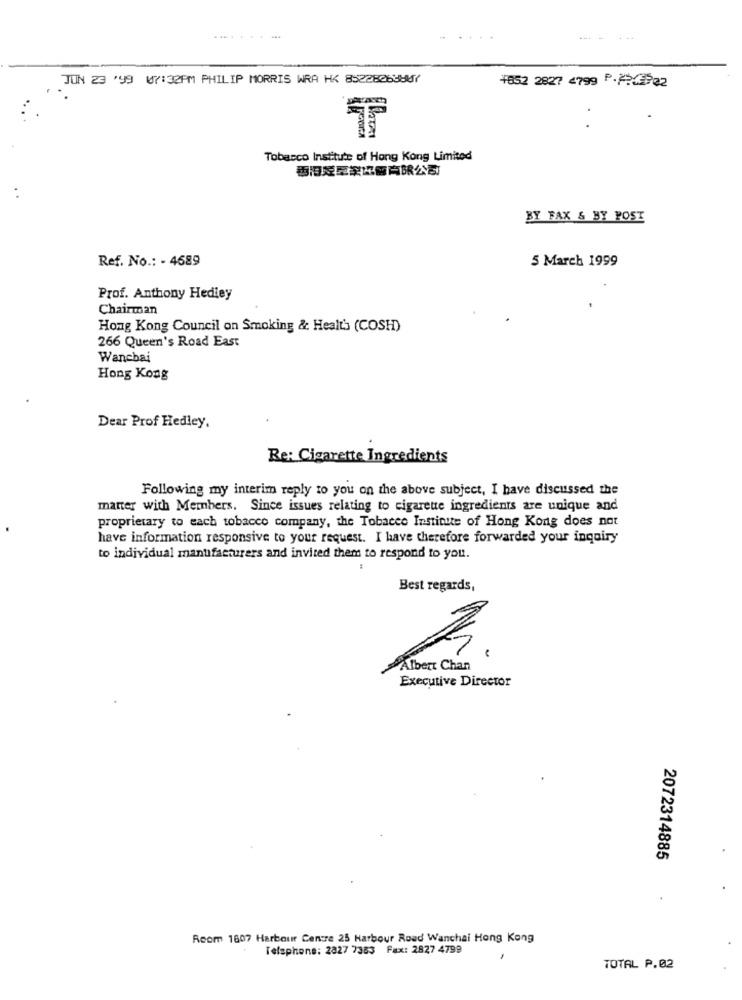
JUN 23 '99 07:32PM PHILIP MORRIS WRA HK 85228263807
+852 2827 4799 P.3 932
Tobacco Institute of Hong Kong Limited
香港廷草家华丽有限公司
..
BY FAX & BY POST
Ref. No .: - 4689
5 March 1999
Prof. Anthony Hedley
Chairman
Hong Kong Council on Smoking & Healt's (COSH)
266 Queen's Road East
Wanchai
Hong Kong
Dear Prof Hedley.
Re: Cigarette Ingredients
Following my interim reply to you on the above subject, I have discussed the
manter with Members, Since issues relating to cigarette ingredients are unique and
proprietary to each tobacco company, the Tobacco Institute of Hong Kong does not
have information responsive to your request. I have therefore forwarded your inquiry
to individual manufacturers and invited them to respond to you.
Best regards,
Albert Chan
Executive Director
2072314885
.
Room 1807 Harbour Centre 25 Harbour Road Wanchai Hong Kong
Telephone: 2827 7383 Fax: 2827 4799
TOTAL P.02